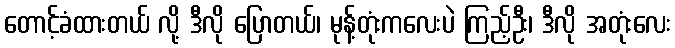
တောင့်ခံထားတယ် လို့ ဒီလို ပြောတယ်၊ မုန့်တုံးကလေးပဲ ကြည့်ဦး၊ ဒီလို အတုံးလေး